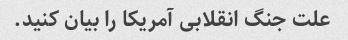
علت جنگ انقلابی آمریکا را بیان کنید.